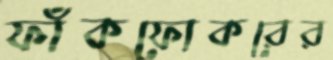
ফাঁকফোকরের